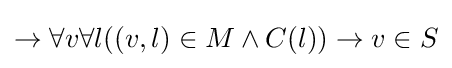
\to \forall v\forall l((v,l)\in M\land C(l))\to v\in S